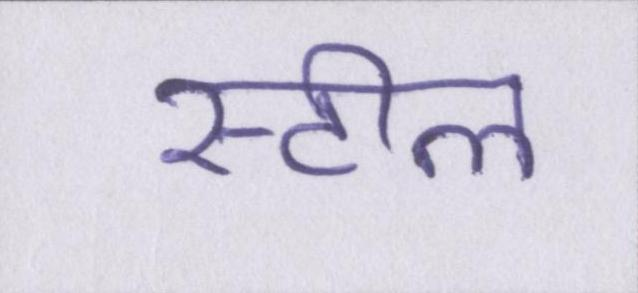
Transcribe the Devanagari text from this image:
स्टील